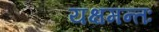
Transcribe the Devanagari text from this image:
यक्षमन्तः